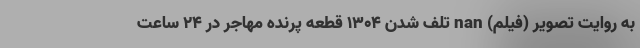
به روایت تصویر (فیلم) nan تلف شدن ۱۳۰۴ قطعه پرنده مهاجر در ۲۴ ساعت